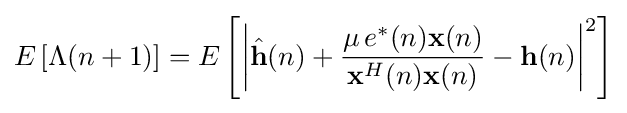
E\left[\Lambda (n+1)\right]=E\left[\left|{\hat {\mathbf {h} }}(n)+{\frac {\mu \,e^{*}(n)\mathbf {x} (n)}{\mathbf {x} ^{H}(n)\mathbf {x} (n)}}-\mathbf {h} (n)\right|^{2}\right]